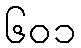
၆၀၁